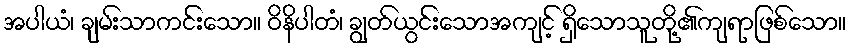
အပါယံ၊ ချမ်းသာကင်းသော။ ဝိနိပါတံ၊ ချွတ်ယွင်းသောအကျင့် ရှိသောသူတို့၏ကျရာဖြစ်သော။